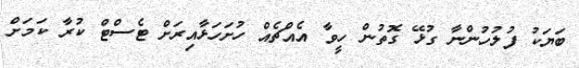
ބަޔަކު ފުލުހުންނާ ގުޅޭ ގޮތުން ހީވާ އެއްޗެއް ހުށަހަޅާއިރަށް ޓެސްޓް ކުރާ ކަމަށް